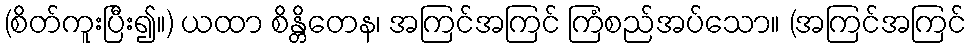
(စိတ်ကူးပြီး၍။) ယထာ စိန္တိတေန၊ အကြင်အကြင် ကြံစည်အပ်သော။ (အကြင်အကြင်